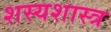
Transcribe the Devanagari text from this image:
शस्यशास्त्र